Vaccination North-Western Provinces 1866-1877 - 1866-1877
Year: 1866
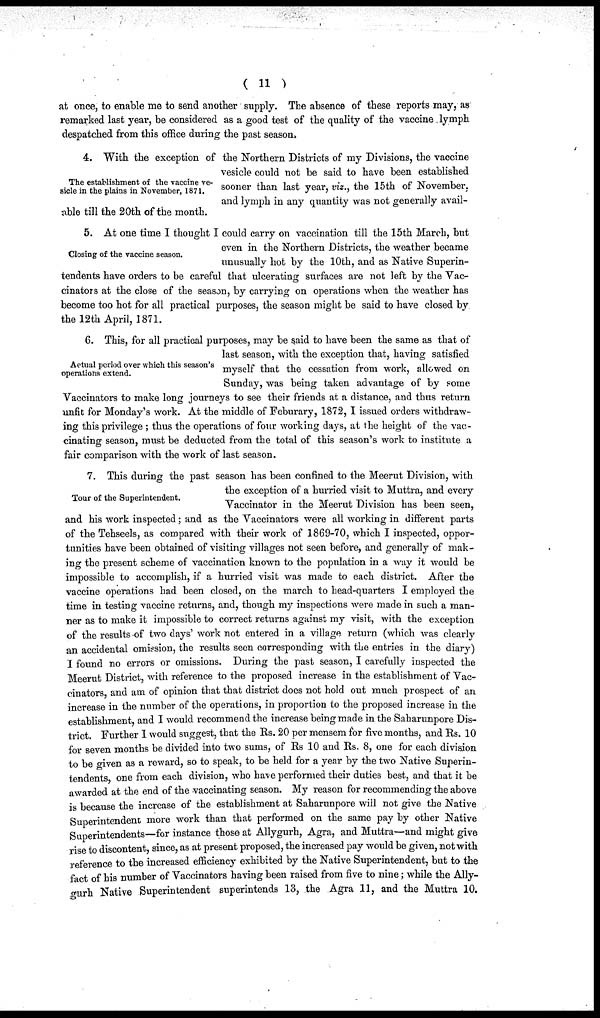
( 11 )
at once, to enable me to send another supply. The absence of these reports may, as
remarked last year, be considered as a good test of the quality of the vaccine lymph
despatched from this office during the past season,
The establishment of the vaccine ve-
sicle in the plains in November, 1871.
4. With the exception of the Northern Districts of my Divisions, the vaccine
vesicle could not be said to have been established
sooner than last year, viz., the 15th of November,
and lymph in any quantity was not generally avail-
able till the 20th of the month.
Closing of the vaccine season.
5. At one time I thought I could carry on vaccination till the 15th March, but
even in the Northern Districts, the weather became
unusually hot by the 10th, and as Native Superin-
tendents have orders to be careful that ulcerating surfaces are not left by the Vac¬
cinators at the close of the season, by carrying on operations when the weather has
become too hot for all practical purposes, the season might be said to have closed by
the 12th April, 1871.
Actual period over which this season's
operations extend.
6. This, for all practical purposes, may be said to have been the same as that of
last season, with the exception that, having satisfied
myself that the cessation from work, allowed on
Sunday, was being taken advantage of by some
Vaccinators to make long journeys to see their friends at a distance, and thus return
unfit for Monday's work. At the middle of Feburary, 1872, I issued orders withdraw-
ing this privilege ; thus the operations of four working days, at the height of the vac-
cinating season, must be deducted from the total of this season's work to institute a
fair comparison with the work of last season.
Tour of the Superintendent.
7. This during the past season has been confined to the Meerut Division, with
the exception of a hurried visit to Muttra, and every
Vaccinator in the Meerut Division has been seen,
and his work inspected; and as the Vaccinators were all working in different parts
of the Tehseels, as compared with their work of 1869-70, which I inspected, oppor-
tunities have been obtained of visiting villages not seen before, and generally of mak-
ing the present scheme of vaccination known to the population in a way it would be
impossible to accomplish, if a hurried visit was made to each district. After the
vaccine operations had been closed, on the march to head-quarters I employed the
time in testing vaccine returns, and, though my inspections were made in such a man-
ner as to make it impossible to correct returns against my visit, with the exception
of the results of two days' work not entered in a village return (which was clearly
an accidental omission, the results seen corresponding with the entries in the diary)
I found no errors or omissions. During the past season, I carefully inspected the
Meerut District, with reference to the proposed increase in the establishment of Vac-
cinators, and am of opinion that that district does not hold out much prospect of an
increase in the number of the operations, in proportion to the proposed increase in the
establishment, and I would recommend the increase being made in the Saharunpore Dis-
trict. Further I would suggest, that the Rs. 20 per mensem for five months, and Rs. 10
for seven months be divided into two sums, of Rs 10 and Rs. 8, one for each division
to be given as a reward, so to speak, to be held for a year by the two Native Superin-
tendents, one from each division, who have performed their duties best, and that it be
awarded at the end of the vaccinating season. My reason for recommending the above
is because the increase of the establishment at Saharunpore will not give the Native
Superintendent more work than that performed on the same pay by other Native
Superintendents—for instance those at Allygurh, Agra, and Muttra—and might give
rise to discontent, since, as at present proposed, the increased pay would be given, not with
reference to the increased efficiency exhibited by the Native Superintendent, but to the
fact of his number of Vaccinators having been raised from five to nine; while the Ally¬
gurh Native Superintendent superintends 13, the Agra 11, and the Muttra 10.